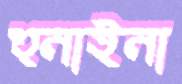
হুনাইনা